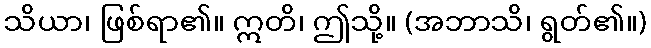
သိယာ၊ ဖြစ်ရာ၏။ ဣတိ၊ ဤသို့။ (အဘာသိ၊ ရွတ်၏။)